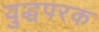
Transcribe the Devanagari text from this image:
युद्धपरक